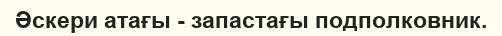
Әскери атағы - запастағы подполковник.